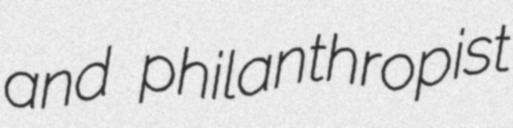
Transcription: and philanthropist